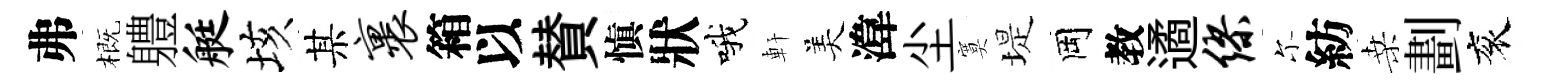
弗概軆艇垓某裹箱以賛愼狀哦軒美湋尘寞堤岡教遹缪尓紡桑劃衮